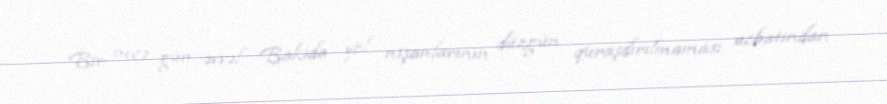
Bir neçə gün əvvəl Bakıda yol nişanlarının düzgün quraşdırılmaması ucbatından